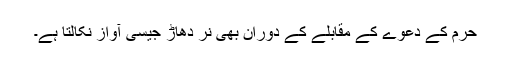
حرم کے دعوے کے مقابلے کے دوران بھی نر دھاڑ جیسی آواز نکالتا ہے۔